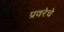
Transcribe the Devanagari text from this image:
प्रवरेचे